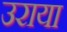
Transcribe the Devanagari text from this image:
उराया